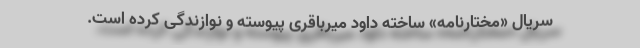
سریال «مختارنامه» ساخته داود میرباقری پیوسته و نوازندگی کرده است.